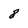
Character: 8